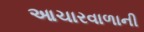
આચારવાળાની